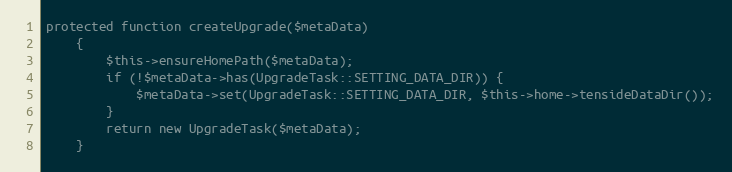
Language: PHP
protected function createUpgrade($metaData)
    {
        $this->ensureHomePath($metaData);
        if (!$metaData->has(UpgradeTask::SETTING_DATA_DIR)) {
            $metaData->set(UpgradeTask::SETTING_DATA_DIR, $this->home->tensideDataDir());
        }
        return new UpgradeTask($metaData);
    }